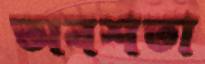
অবশতা